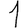
Digit: 1